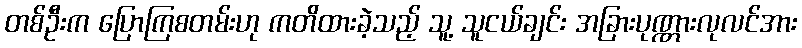
တစ်ဦးက ပြောကြစတမ်းဟု ကတိထားခဲ့သည့် သူ့ သူငယ်ချင်း အခြားပုဏ္ဏားလုလင်အား